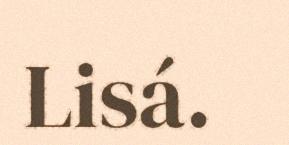
Lisá.